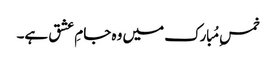
خمسِ مُبارک میں وہ جامِ عشق ہے۔